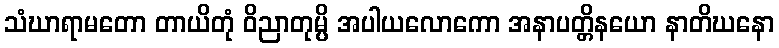
သံဃာရာမတော တာယိတုံ ဝိညာတုမ္ပိ အပါယလောကော အနာပတ္တိနယော နာတိဃနော